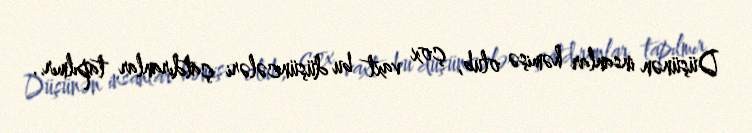
Düşünən insanlar həmişə olub, çox vaxt bu düşüncələri çatdıranlar tapılmır..